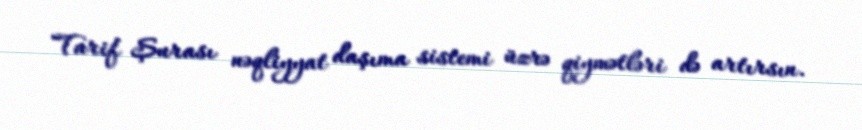
Tarif Şurası nəqliyyat daşıma sistemi üzrə qiymətləri də artırsın.